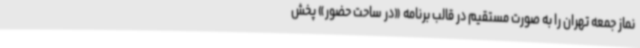
نماز جمعه تهران را به صورت مستقیم در قالب برنامه «در ساحت حضور» پخش